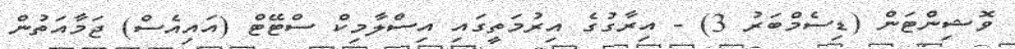
ވޮޝިންޓަން (ޑިސެމްބަރު 3) - އިރާގުގެ އިރުމަތީގައި އިސްލާމިކް ސްޓޭޓް (އައިއެސް) ޖަމާއަތުން